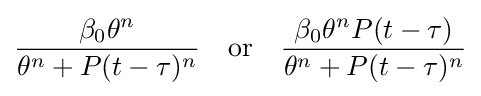
{\frac {\beta _{0}\theta ^{n}}{\theta ^{n}+P(t-\tau )^{n}}}~~{\text{ or }}~~{\frac {\beta _{0}\theta ^{n}P(t-\tau )}{\theta ^{n}+P(t-\tau )^{n}}}